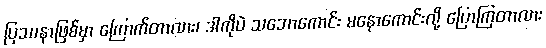
ပြဿနာဖြစ်မှာ ကြောက်တာလား၊ ဒါကိုပဲ သဘောကောင်း မနောကောင်းလို့ ပြောကြတာလား